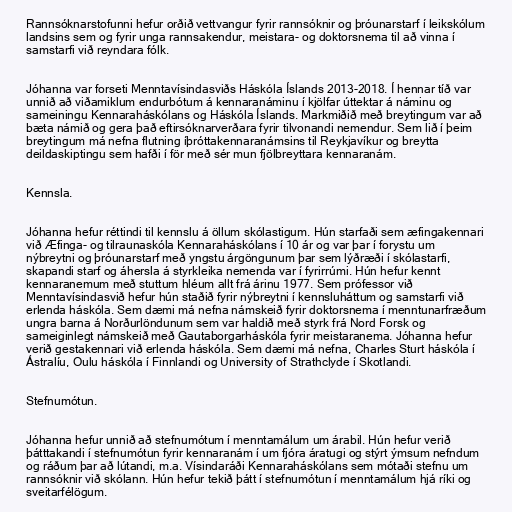
Rannsóknarstofunni hefur orðið vettvangur fyrir rannsóknir og þróunarstarf í leikskólum
landsins sem og fyrir unga rannsakendur, meistara- og doktorsnema til að vinna í
samstarfi við reyndara fólk.

Jóhanna var forseti Menntavísindasviðs Háskóla Íslands 2013-2018. Í hennar tíð var
unnið að viðamiklum endurbótum á kennaranáminu í kjölfar úttektar á náminu og
sameiningu Kennaraháskólans og Háskóla Íslands. Markmiðið með breytingum var að
bæta námið og gera það eftirsóknarverðara fyrir tilvonandi nemendur. Sem lið í þeim
breytingum má nefna flutning íþróttakennaranámsins til Reykjavíkur og breytta
deildaskiptingu sem hafði í för með sér mun fjölbreyttara kennaranám.

Kennsla.

Jóhanna hefur réttindi til kennslu á öllum skólastigum. Hún starfaði sem æfingakennari
við Æfinga- og tilraunaskóla Kennaraháskólans í 10 ár og var þar í forystu um
nýbreytni og þróunarstarf með yngstu árgöngunum þar sem lýðræði í skólastarfi,
skapandi starf og áhersla á styrkleika nemenda var í fyrirrúmi. Hún hefur kennt
kennaranemum með stuttum hléum allt frá árinu 1977. Sem prófessor við
Menntavísindasvið hefur hún staðið fyrir nýbreytni í kennsluháttum og samstarfi við
erlenda háskóla. Sem dæmi má nefna námskeið fyrir doktorsnema í menntunarfræðum
ungra barna á Norðurlöndunum sem var haldið með styrk frá Nord Forsk og
sameiginlegt námskeið með Gautaborgarháskóla fyrir meistaranema. Jóhanna hefur
verið gestakennari við erlenda háskóla. Sem dæmi má nefna, Charles Sturt háskóla í
Ástralíu, Oulu háskóla í Finnlandi og University of Strathclyde í Skotlandi.

Stefnumótun.

Jóhanna hefur unnið að stefnumótum í menntamálum um árabil. Hún hefur verið
þátttakandi í stefnumótun fyrir kennaranám í um fjóra áratugi og stýrt ýmsum nefndum
og ráðum þar að lútandi, m.a. Vísindaráði Kennaraháskólans sem mótaði stefnu um
rannsóknir við skólann. Hún hefur tekið þátt í stefnumótun í menntamálum hjá ríki og
sveitarfélögum.